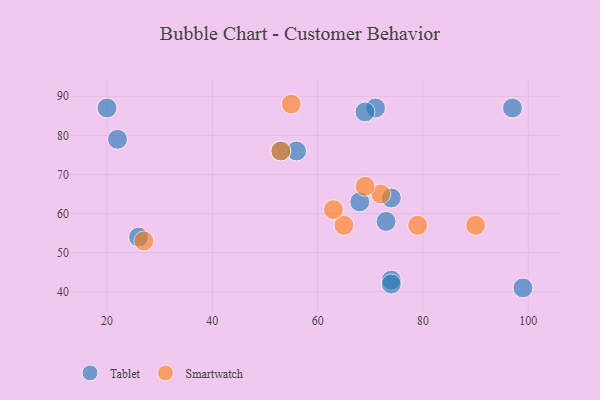
{"axis": {"x": "GDP", "y": "Life Expectancy"}, "legend": ["Smartwatch", "Tablet"], "data": [{"x": "74", "y": 43, "type": "Tablet"}, {"x": "97", "y": 87, "type": "Tablet"}, {"x": "71", "y": 87, "type": "Tablet"}, {"x": "73", "y": 58, "type": "Tablet"}, {"x": "26", "y": 54, "type": "Tablet"}, {"x": "74", "y": 42, "type": "Tablet"}, {"x": "20", "y": 87, "type": "Tablet"}, {"x": "22", "y": 79, "type": "Tablet"}, {"x": "56", "y": 76, "type": "Tablet"}, {"x": "74", "y": 64, "type": "Tablet"}, {"x": "53", "y": 76, "type": "Tablet"}, {"x": "68", "y": 63, "type": "Tablet"}, {"x": "69", "y": 86, "type": "Tablet"}, {"x": "99", "y": 41, "type": "Tablet"}, {"x": "79", "y": 57, "type": "Smartwatch"}, {"x": "65", "y": 57, "type": "Smartwatch"}, {"x": "53", "y": 76, "type": "Smartwatch"}, {"x": "63", "y": 61, "type": "Smartwatch"}, {"x": "72", "y": 65, "type": "Smartwatch"}, {"x": "90", "y": 57, "type": "Smartwatch"}, {"x": "69", "y": 67, "type": "Smartwatch"}, {"x": "55", "y": 88, "type": "Smartwatch"}, {"x": "27", "y": 53, "type": "Smartwatch"}]}